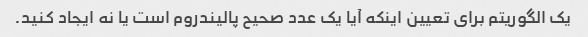
یک الگوریتم برای تعیین اینکه آیا یک عدد صحیح پالیندروم است یا نه ایجاد کنید.